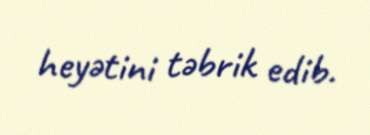
heyətini təbrik edib.